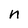
Character: n